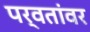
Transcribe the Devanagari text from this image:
पर्वतांवर